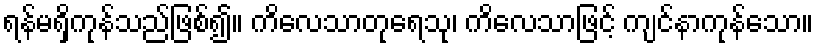
ရန်မရှိကုန်သည်ဖြစ်၍။ ကိလေသာတုရေသု၊ ကိလေသာဖြင့် ကျင်နာကုန်သော။